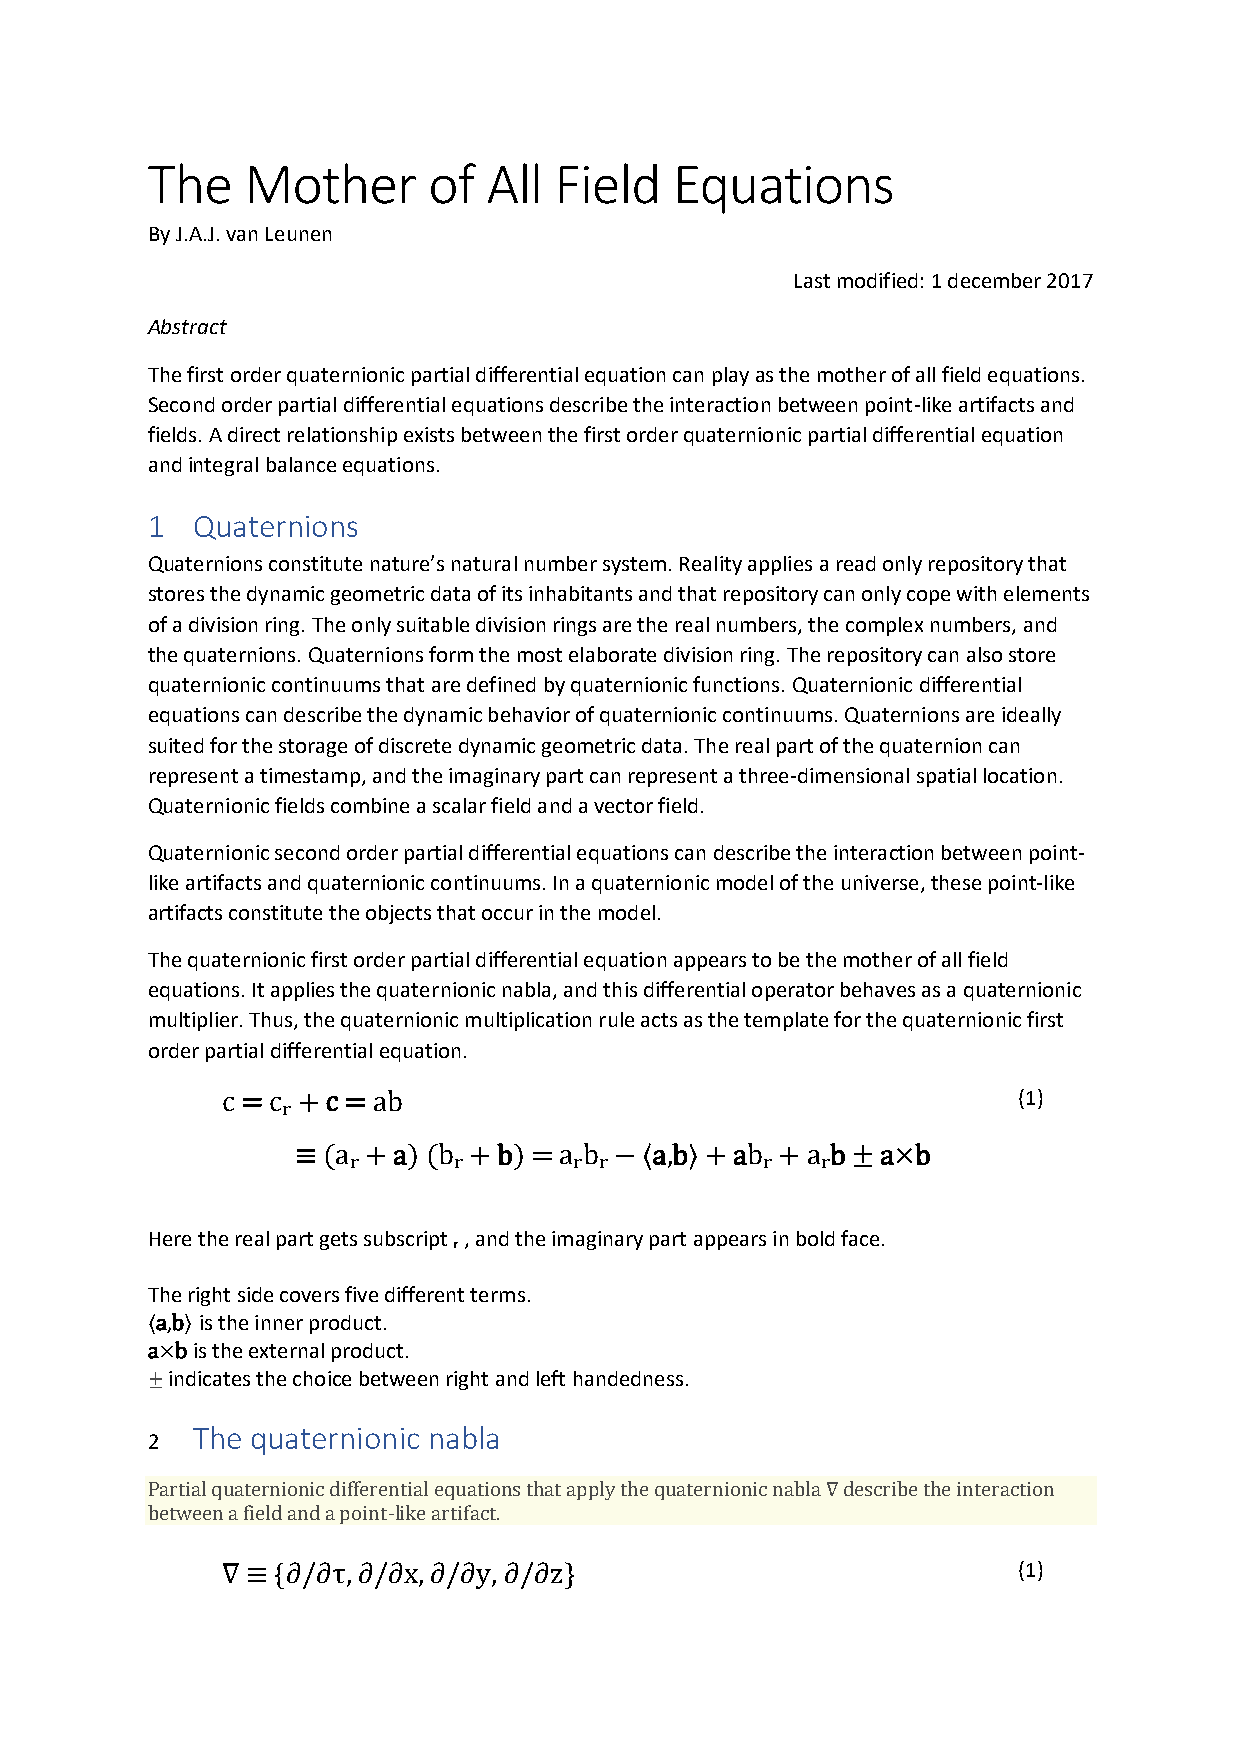
The   Mother      of  All  Field   Equations
 By J.A.J. van Leunen
 Last modified: 1 december 2017
 Abstract
 The first order quaternionic partial differential equation can play as the mother of all field equations.
 Second order partial differential equations describe the interaction between point-like artifacts and
 fields. A direct relationship exists between the first order quaternionic partial differential equation
 and integral balance equations.
 1  Quaternions
 Quaternions constitute nature’s natural number system. Reality applies a read only repository that
 stores the dynamic geometric data of its inhabitants and that repository can only cope with elements
 of a division ring. The only suitable division rings are the real numbers, the complex numbers, and
 the quaternions. Quaternions form the most elaborate division ring. The repository can also store
 quaternionic continuums that are defined by quaternionic functions. Quaternionic differential
 equations can describe the dynamic behavior of quaternionic continuums. Quaternions are ideally
 suited for the storage of discrete dynamic geometric data. The real part of the quaternion can
 represent a timestamp, and the imaginary part can represent a three-dimensional spatial location.
 Quaternionic fields combine a scalar field and a vector field.
 Quaternionic second order partial differential equations can describe the interaction between point-
 like artifacts and quaternionic continuums. In a quaternionic model of the universe, these point-like
 artifacts constitute the objects that occur in the model.
 The quaternionic first order partial differential equation appears to be the mother of all field
 equations. It applies the quaternionic nabla, and this differential operator behaves as a quaternionic
 multiplier. Thus, the quaternionic multiplication rule acts as the template for the quaternionic first
 order partial differential equation.
 c = cᵣ + c = ab                                     (1)
 ≡ (aᵣ + a) (bᵣ + b) = aᵣbᵣ − 〈a,b〉 + abᵣ + aᵣb ± a×b
 Here the real part gets subscript ᵣ , and the imaginary part appears in bold face.
 The right side covers five different terms.
 〈a,b〉 is the inner product.
 a×b is the external product.
 ± indicates the choice between right and left handedness.
 The quaternionic nabla
 2
 Partial quaternionic differential equations that apply the quaternionic nabla ∇ describe the interaction
 between a field and a point-like artifact.
 ∇ ≡ {∂/∂τ, ∂/∂x, ∂/∂y, ∂/∂z}                        (1)